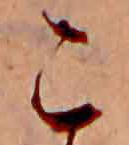
こ